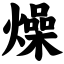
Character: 燥